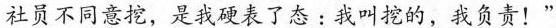
社员不同意挖，是我硬表了态：我叫挖的，我负责!“